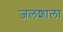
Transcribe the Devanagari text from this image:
जलशाला